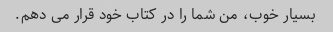
بسیار خوب، من شما را در کتاب خود قرار می دهم.